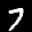
Label: 7